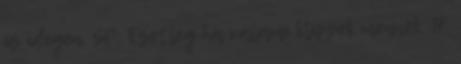
is idegen. SP: Esetleg ha valami klippek mennek. H: